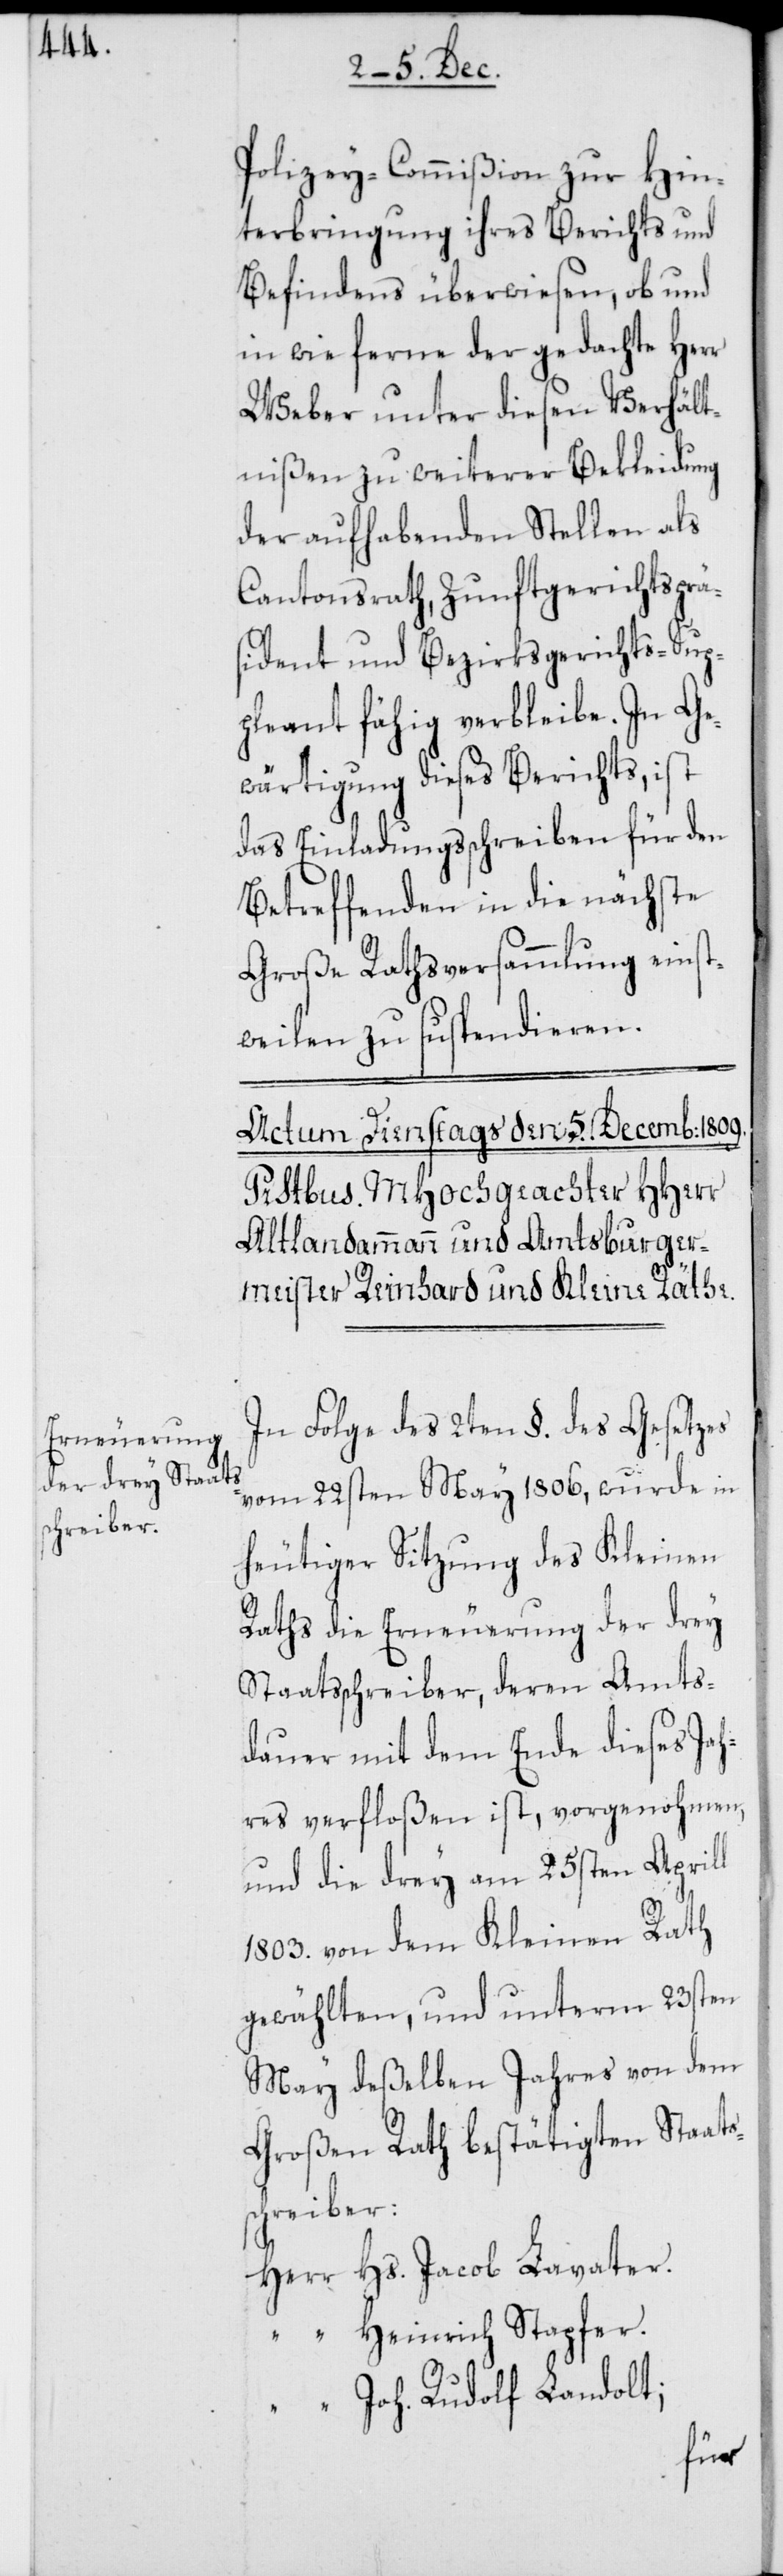
Polizey-Commißion zur Hin¬
terbringung ihres Berichts und
Befindens überwiesen, ob und
in wie ferne der gedachte Herr
Weber unter diesen Verhält¬
nißen zu weiterer Bekleidung
der aufhabenden Stellen als
Cantonsrath, Zunftgerichtsprä¬
sident und Bezirksgerichts-Sup¬
pleant fähig verbleibe. In Ge¬
wärtigung dieses Berichts, ist
das Einladungsschreiben für den
Betreffenden in die nächste
Große Rathsversammlung einst¬
weilen zu suspendieren.
In Folge des 2ten §. des Gesetzes
vom 22sten May 1806, wurde in
heutiger Sitzung des Kleinen
Raths die Erneuerung der drey
Staatsschreiber, deren Amts¬
dauer mit dem Ende dieses Jah¬
res verfloßen ist, vorgenohmen,
und die drey am 25sten Aprill
1803. von dem Kleinen Rath
gewählten, und unterm 23sten
May deßelben Jahres von dem
Großen Rath bestätigten Staats¬
schreiber:
Herr Hs. Jacob Lavater.
“ Heinrich Stapfer.
“ Joh. Rudolf Landolt;